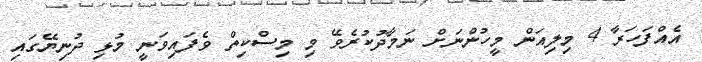
އެއްފަހަރާ 4 މިލިއަން މީހުންނަށް ނަމާދުކުރެވޭ މި މިސްކިތް ވެފައިވަނީ މުޅި ދުނިޔޭގައި